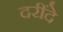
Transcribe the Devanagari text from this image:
दरींदे